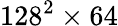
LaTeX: {128^{2}}\times 64